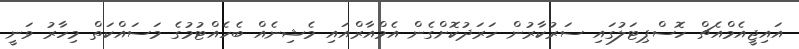
އައިޖީއެމްއެޗް ހޮސްޕިޓަލުގައި ސަރުކާރުން ހަރަދުކޮށްގެން އެމްއާރްއައި މެޝިނެއް ބެހެއްޓުމުގެ މަސައްކަތް މިހާރު ވަނީ